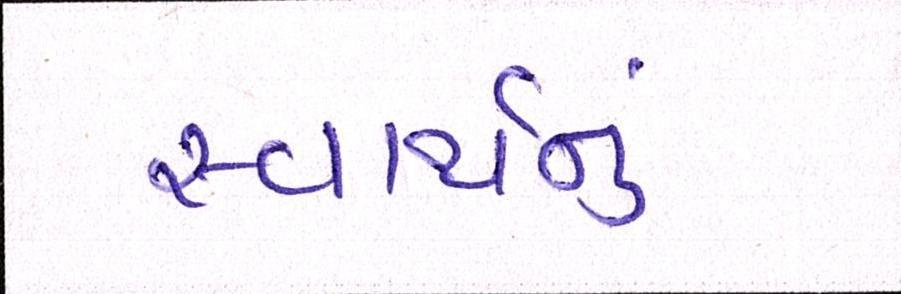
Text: સ્વાર્થનું